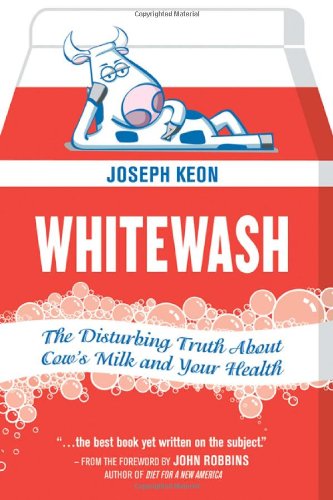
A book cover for Whitewash: The Disturbing Truth About Cow's Milk and Your Health; Joseph Keon; Health, Fitness & Dieting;